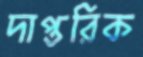
দাপ্তরিক